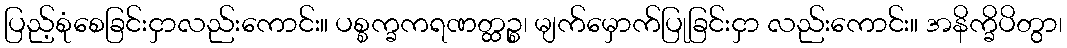
ပြည့်စုံစေခြင်းငှာလည်းကောင်း။ ပစ္စက္ခကရဏတ္ထဉ္စ၊ မျက်မှောက်ပြုခြင်းငှာ လည်းကောင်း။ အနိက္ခိပိတွာ၊